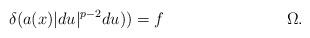
LaTeX: \begin{align*}\delta ( a(x) \lvert du \rvert^{p-2} du) ) = f && \Omega. \end{align*}